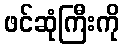
ဖင်ဆုံကြီးကို